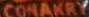
CONAKRY